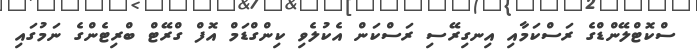
ސްކޮޓްލޭންޑްގެ ރަސްކަމާއި އިނގިރޭސި ރަސްކަން އެކުލެވި ކިންގްޑަމް އޮފް ގްރޭޓް ބްރިޓެންގެ ނަމުގައި